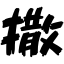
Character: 撒